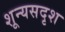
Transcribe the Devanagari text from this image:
शून्यसदृश